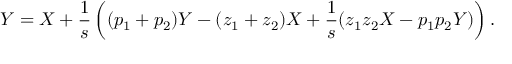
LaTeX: Y = X + { \frac { 1 } { s } } \left( ( p _ { 1 } + p _ { 2 } ) Y - ( z _ { 1 } + z _ { 2 } ) X + { \frac { 1 } { s } } ( z _ { 1 } z _ { 2 } X - p _ { 1 } p _ { 2 } Y ) \right) .